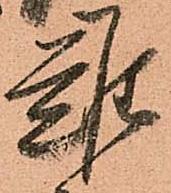
難